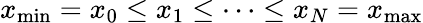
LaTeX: x_{\operatorname*{min}}=x_{0}\le x_{1}\le\dots\le x_{N}=x_{\operatorname*{max}}